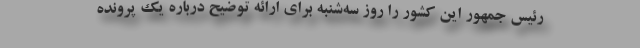
رئیس جمهور این کشور را روز سه‌شنبه برای ارائه توضیح درباره یک پرونده